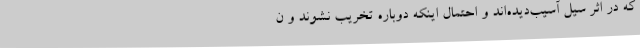
که در اثر سیل آسیب‌دیده‌اند و احتمال اینکه دوباره تخریب نشوند و ن